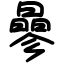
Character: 曑